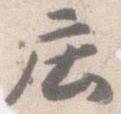
庄